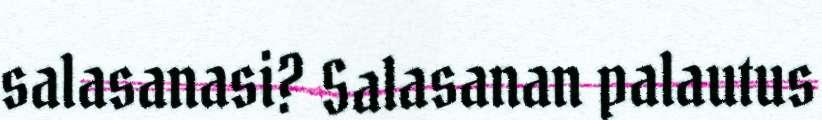
salasanasi? Salasanan palautus